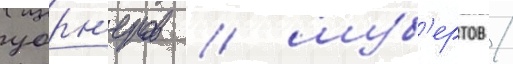
уорн'еров / шуб'ертов /